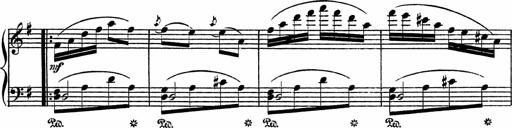
Title: Piano Sonatinas
Composer: Charles Fradel